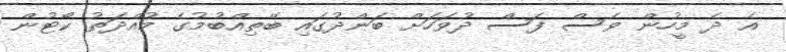
އެ ދެ މީހުން ވެސް ފަސް ދުވަހަށް ބަންދުގައި ބޭތިއްބުމުގެ މުއްދަތު ކޯޓުން